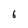
Character: 6